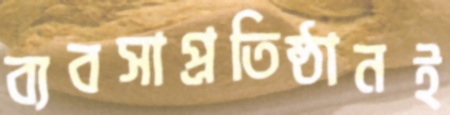
ব্যবসাপ্রতিষ্ঠানই